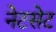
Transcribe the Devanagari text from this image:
नेटसेट